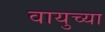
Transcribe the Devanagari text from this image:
वायुच्या